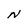
Character: N